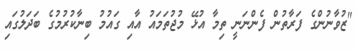
"ޒުވާނުންގެ ފަރާތުން ފެންނަނީ ތިމާ އުޅޭ މުޖުތަމައު އާއި ގައުމު ބިނާކުރުމުގެ ބަދަލުގައި